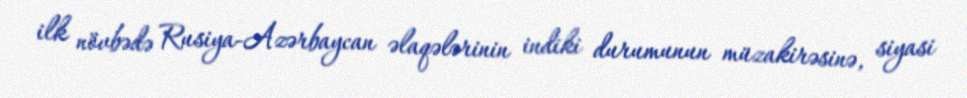
ilk növbədə Rusiya-Azərbaycan əlaqələrinin indiki durumunun müzakirəsinə, siyasi